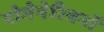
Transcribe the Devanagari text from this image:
पोमेनेरियनों